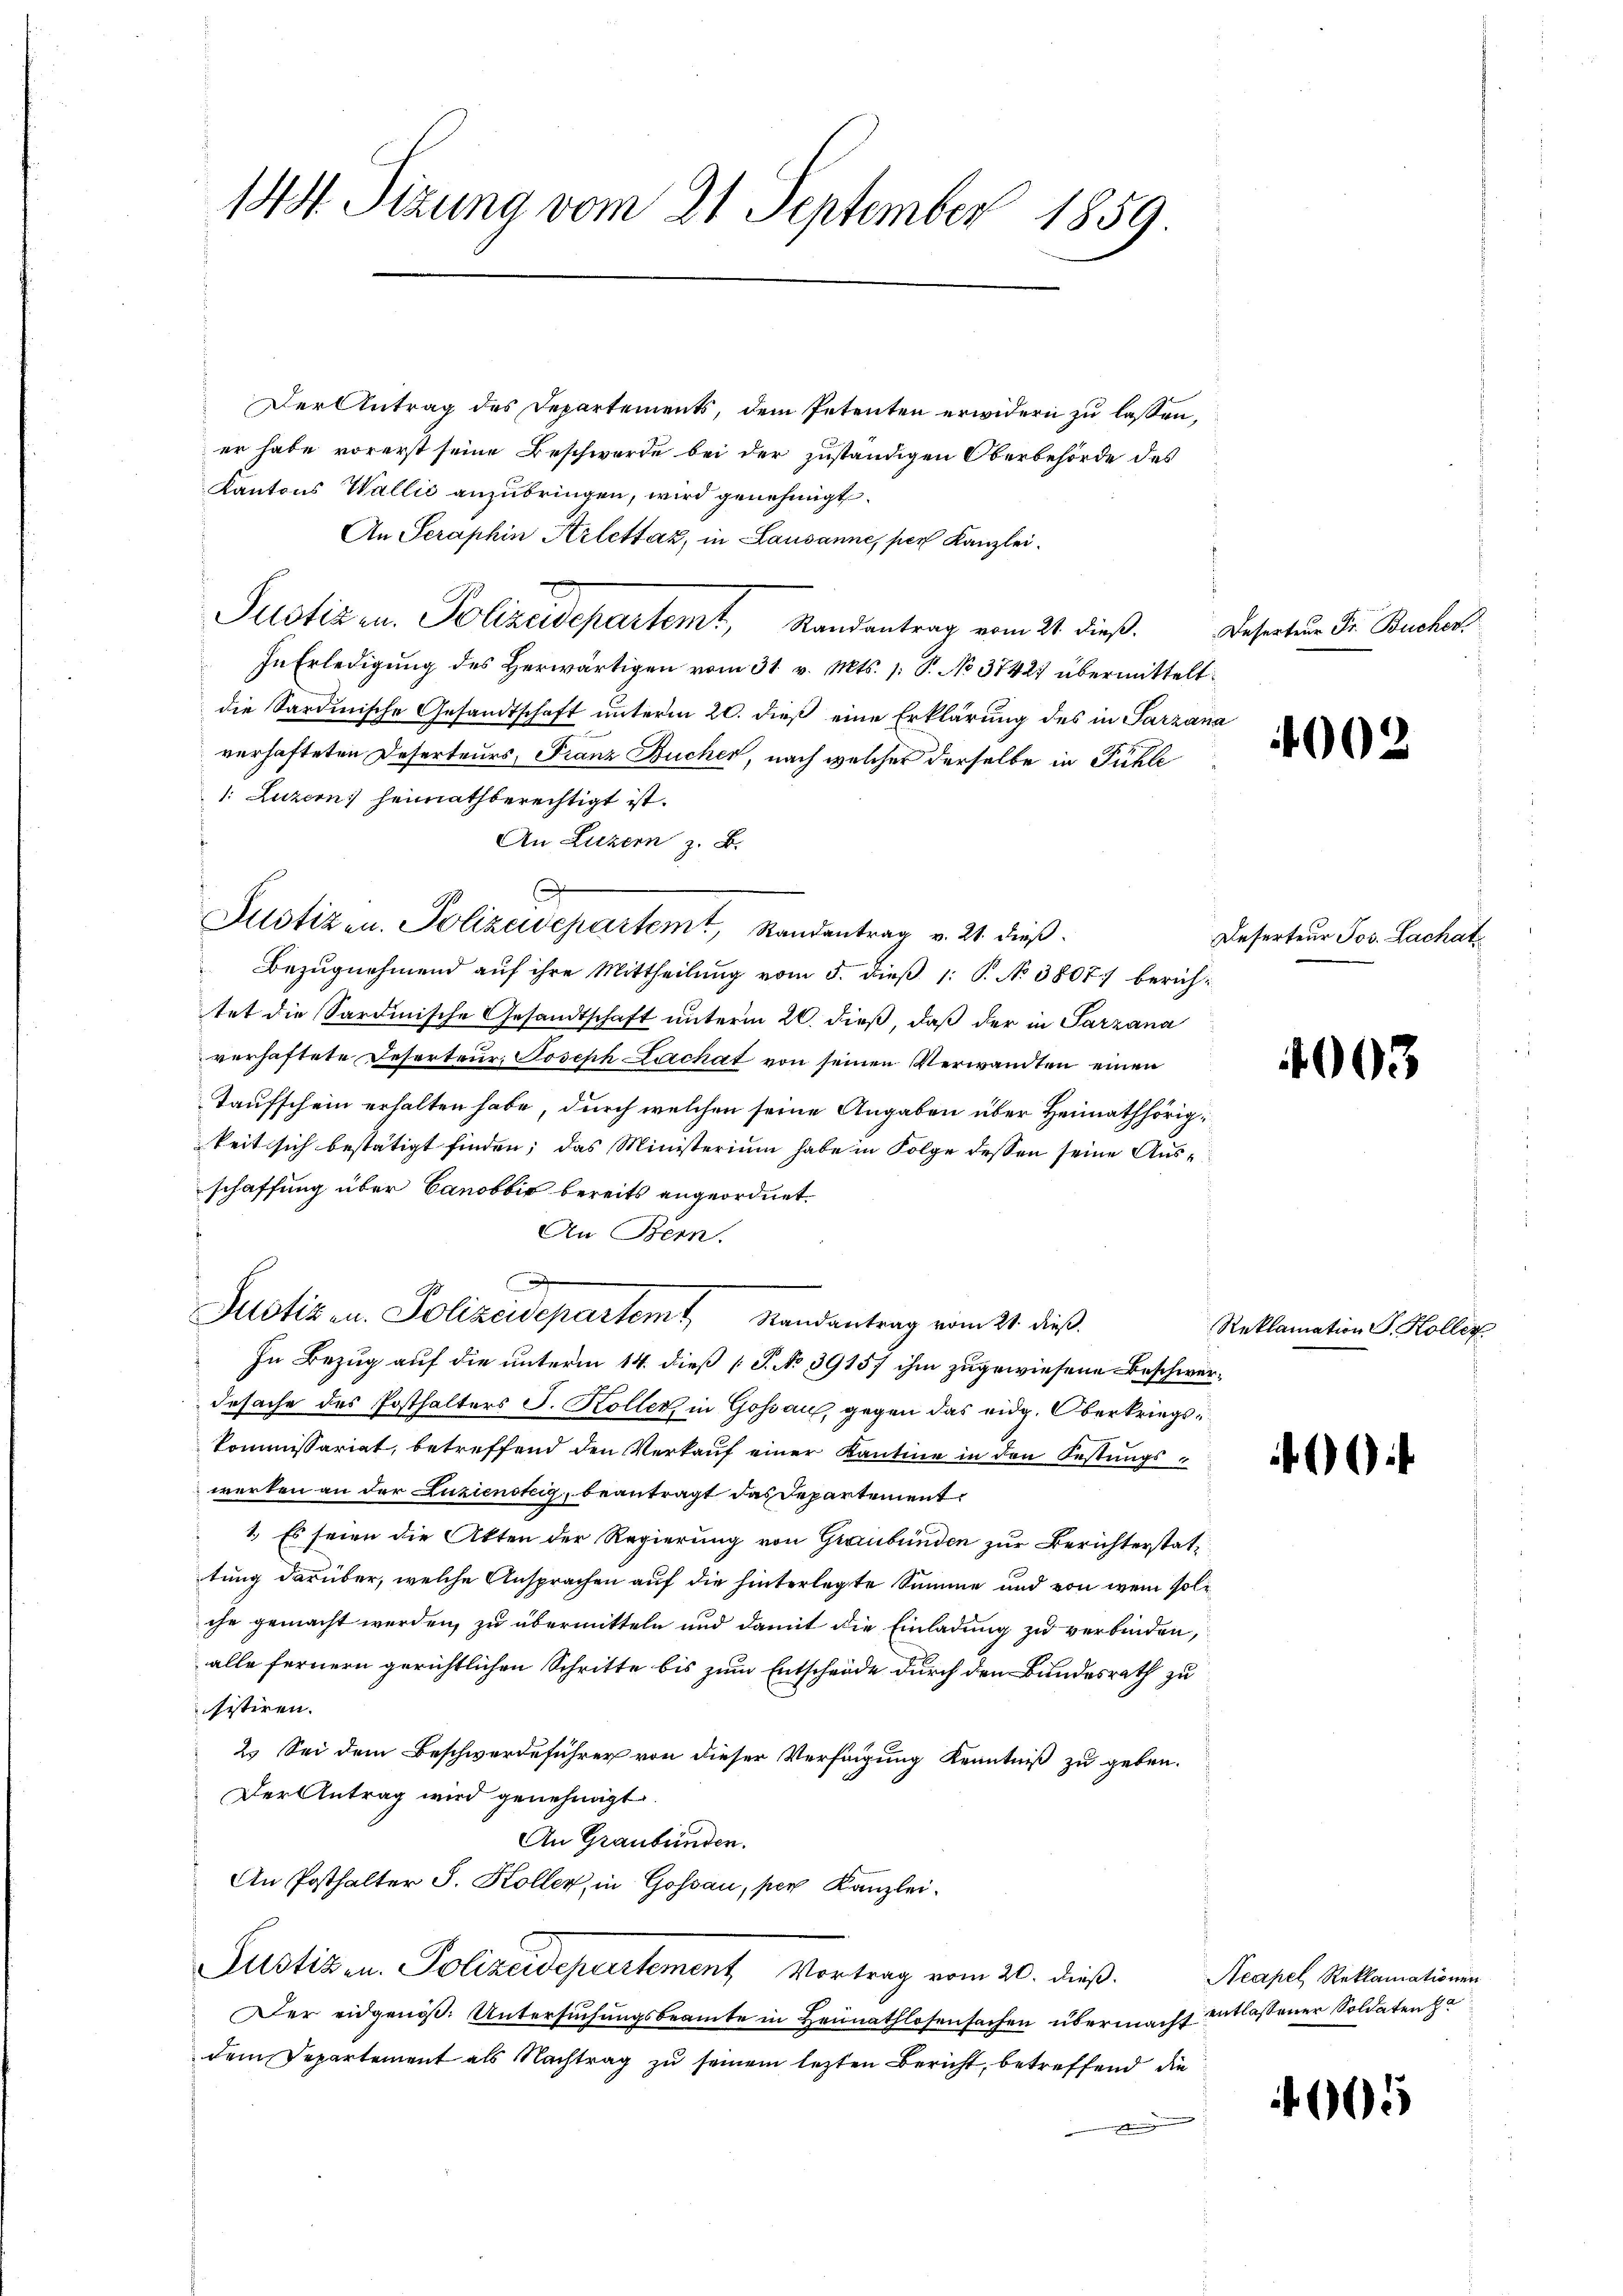
144. Sizung vom 21. September 1859.

Der Antrag des Departements, dem Petenten erwidern zu lassen,
er habe vorerst seine Beschwerde bei der zuständigen Oberbehörde des
Kantons Wallić anzubringen, wird genehmigt.
An Seraphin Arlettaz, in Lausanne, per Kanzlei.
Pustizen. Polizeidepartemt, Randantrag vom 24. dieß.
In Erledigung des Herwärtigen vom 31. v. Mts. s. S. No 37421 übermittelt
die Sardinische Gesandtschaft unterm 20. dieß eine Erklärung des in Sarzana
verhafteten Deserteurs, Franz Bucher, nach welcher derselbe in Fühle
1: Luzern, heimathberechtigt ist.
An Luzern z. B.
Bezugnehmend auf ihre Mittheilung vom 5. dieß 1: P. No 3807 berichtet die Sardinische Gesandtschaft unterm 20. dieß, daß der in Sarzana
verhaftete Deserteur, Joseph Lachat von seinen Verwandten einen
Taufschein erhalten habe, durch welchen seine Angaben über Heimathörigkeit sich bestätigt finden; das Ministerium habe in Folge dessen seine Ausschaffung über Canobbić bereits angeordnet.
An Bern.
.
Justiz u. Polizeidepartemt Randantrag vom 21. dieß.
In Bezug auf die unterm 14. dieß (T. No 3915. ihm zugewiesene Beschwerdesache des Posthalters J. Koller in Goßau, gegen das eidg. Oberkriegs¬
Kommissariat, betreffend den Verkauf einer Kantine in den Festungswerken an der Zuzienstig, beantragt das Departement
1.) Es seien die Akten der Regierung von Graubünden zur Berichterstattung darüber, welche Ansprachen auf die hinterlegte Summe und von wem solche gemacht werden, zu übermitteln und damit die Einladung zu verbinden,
alle fernern gerichtlichen Schritte bis zum Entscheide durch den Bundesrath zu
sistiren. |
2. Sei dem Beschwerdeführer von dieser Verfügung Kenntniß zu geben.
Der Antrag wird genehmigt.
An Graubünden.
An Posthalter S. Koller, in Gossau, per Kanzlei.
Justizen. Polizeidepartement Vortrag vom 20. dieß:
Der eidgenoß: Untersuchungsbeamte in Hennathlosensachen übermacht entlassener Soldaten h
dem Departement als Nachtrag zu seinem lezten Bericht, betreffend die
.

Justizen. Polizeidepartem Randantrag v. 21. dieβ.

Deserteur Fr. Buchen.

400

Deserteur Jos. Lachat

4003

Reklamation S. Koller.

60

Neapel, Reklamationen

605